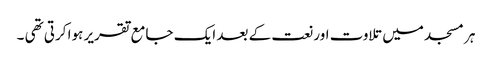
ہر مسجد میں تلاوت اور نعت کے بعد ایک جامع تقریر ہوا کرتی تھی ۔